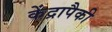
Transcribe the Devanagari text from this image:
केंद्रापैकी